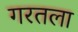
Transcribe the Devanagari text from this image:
गरतला